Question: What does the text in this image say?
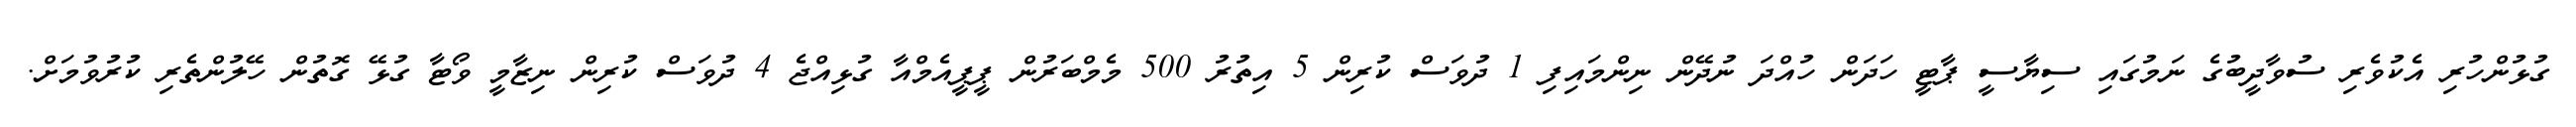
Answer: ގުޅުންހުރި އެކުވެރި ސުވާދީބުގެ ނަމުގައި ސިޔާސީ ޕާޓީ ހަދަން ހުއްދަ ނުދޭން ނިންމައިފި 1 ދުވަސް ކުރިން 5 އިތުރު 500 މެމްބަރުން ޕީޕީއެމްއާ ގުޅިއްޖެ 4 ދުވަސް ކުރިން ނިޒާމީ ވޯޓާ ގުޅޭ ގޮތުން ހޭލުންތެރި ކުރުވުމަށް.